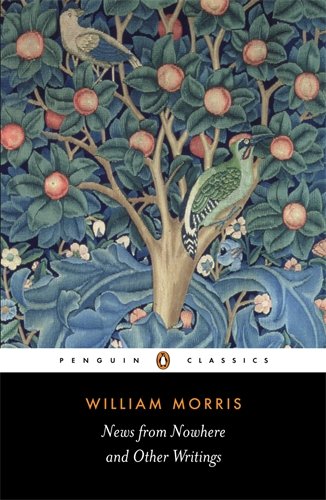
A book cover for News from Nowhere and Other Writings (Penguin Classics); William Morris; Literature & Fiction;